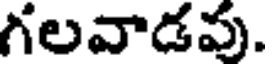
గలవాడవు.